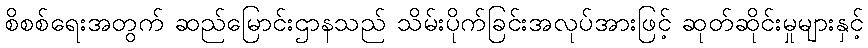
စိစစ်ရေးအတွက် ဆည်မြောင်းဌာနသည် သိမ်းပိုက်ခြင်းအလုပ်အားဖြင့် ဆုတ်ဆိုင်းမှုများနှင့်